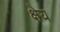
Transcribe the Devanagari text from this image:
क्षेय